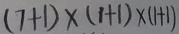
( 7 + 1 ) \times ( 1 + 1 ) \times ( 1 + 1 )